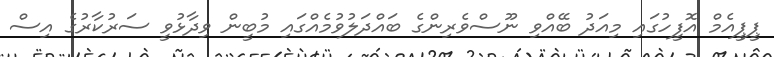
ޕީޕީއެމް އޮފީހުގައި މިއަދު ބޭއްވި ނޫސްވެރިންގެ ބައްދަލުވުމެއްގައި މުބީން ވިދާޅުވީ ސަރުކާރުގެ އިސް